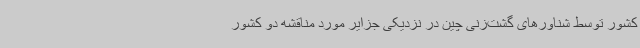
کشور توسط شناورهای گشت‌زنی چین در نزدیکی جزایر مورد مناقشه دو کشور